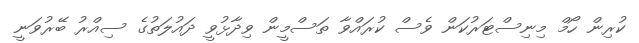
ކުރިން ހޯމް މިނިސްޓަރުކަން ވެސް ކުރައްވާ ތަސްމީން ވިދާޅުވީ ދައުލަތުގެ ސިއްރު ބޭރުވަނީ